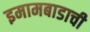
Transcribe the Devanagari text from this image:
इमामबाडाची